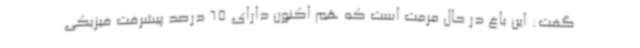
گفت: این باغ در حال مرمت است که هم اکنون دارای 65 درصد پیشرفت فیزیکی